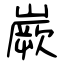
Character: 嶡